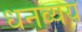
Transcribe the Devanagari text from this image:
धनव्यय